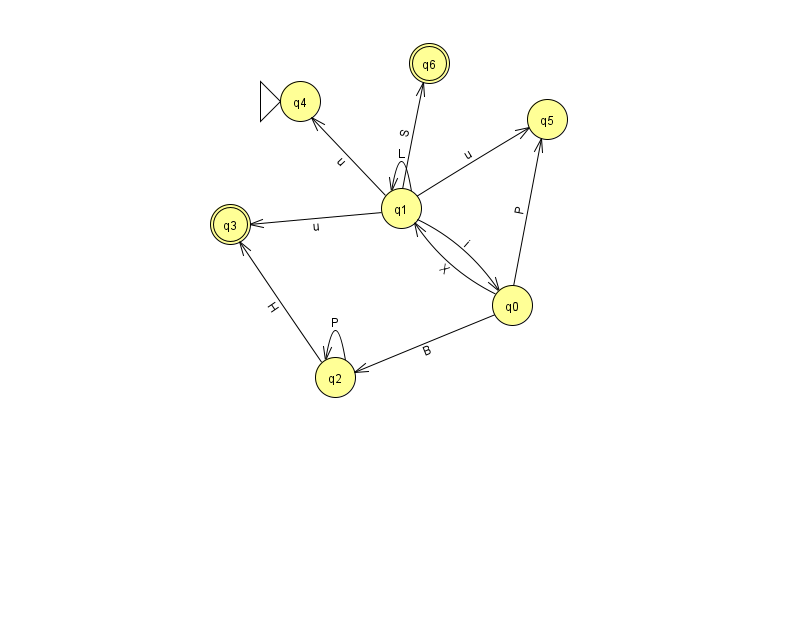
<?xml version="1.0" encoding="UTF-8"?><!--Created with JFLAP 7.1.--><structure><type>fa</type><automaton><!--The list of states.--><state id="0" name="q0"><x>512.0</x><y>292.0</y></state><state id="1" name="q1"><x>401.0</x><y>195.0</y></state><state id="2" name="q2"><x>335.0</x><y>364.0</y></state><state id="3" name="q3"><x>230.0</x><y>211.0</y><final/></state><state id="4" name="q4"><x>300.0</x><y>88.0</y><initial/></state><state id="5" name="q5"><x>547.0</x><y>106.0</y></state><state id="6" name="q6"><x>429.0</x><y>50.0</y><final/></state><!--The list of transitions.--><transition><from>2</from><to>2</to><read>P</read></transition><transition><from>2</from><to>3</to><read>H</read></transition><transition><from>1</from><to>0</to><read>i</read></transition><transition><from>0</from><to>1</to><read>X</read></transition><transition><from>1</from><to>4</to><read>u</read></transition><transition><from>1</from><to>5</to><read>u</read></transition><transition><from>0</from><to>5</to><read>P</read></transition><transition><from>0</from><to>2</to><read>B</read></transition><transition><from>1</from><to>1</to><read>L</read></transition><transition><from>1</from><to>6</to><read>S</read></transition><transition><from>1</from><to>3</to><read>u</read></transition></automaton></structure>